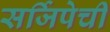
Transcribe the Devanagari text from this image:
सर्जिपेची